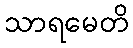
သာရမေတိ